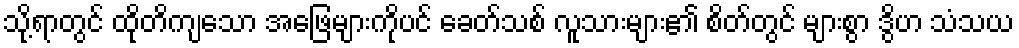
သို့ရာတွင် ထိုတိကျသော အဖြေများကိုပင် ခေတ်သစ် လူသားများ၏ စိတ်တွင် များစွာ ဒွိဟ သံသယ